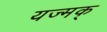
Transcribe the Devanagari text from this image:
यज्मक्